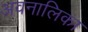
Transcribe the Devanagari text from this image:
अवनालिका